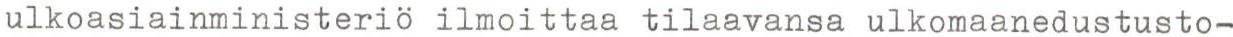
ulkoasiainministeriö ilmoittaa tilaavansa ulkomaanedustusto-